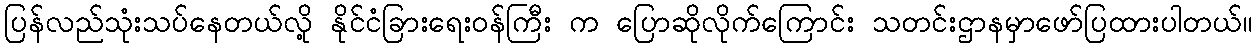
ပြန်လည်သုံးသပ်နေတယ်လို့ နိုင်ငံခြားရေးဝန်ကြီး က ပြောဆိုလိုက်ကြောင်း သတင်းဌာနမှာဖော်ပြထားပါတယ်။